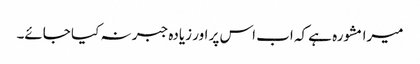
میرا مشورہ ہے کہ اب اس پر اور زیادہ جبر نہ کیا جائے۔